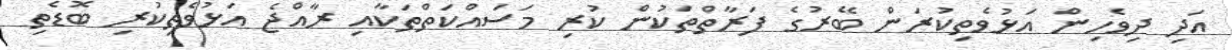
އަދި ދިވެހިން އަޅުވެތިކުރަން ބޭރުގެ ފަރާތްތަކުން ކުރި މަސައްކަތްތަކާއި ރާއްޖެ އަޅުވެތިކުރި ބޮޑެތި